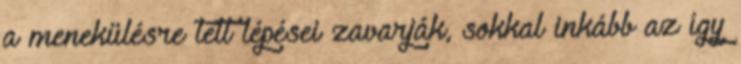
a menekülésre tett lépései zavarják, sokkal inkább az így